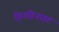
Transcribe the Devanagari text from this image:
हिनहिनाहट